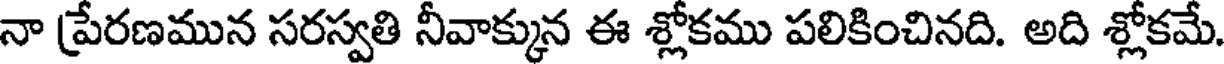
నా ప్రేరణమున సరస్వతి నీవాక్కున ఈ శ్లోకము పలికించినది. అది శ్లోకమే.